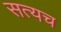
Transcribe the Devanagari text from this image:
सत्यच